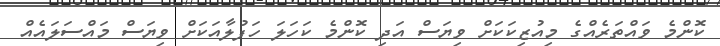
ކޮންމެ ވައްތަރެއްގެ މިއުޒިކަކަށް ވިޔަސް އަދި ކޮންމެ ކަހަލަ ހަފުލާއަކަށް ވިޔަސް މައްސަލައެއް